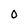
Character: 0